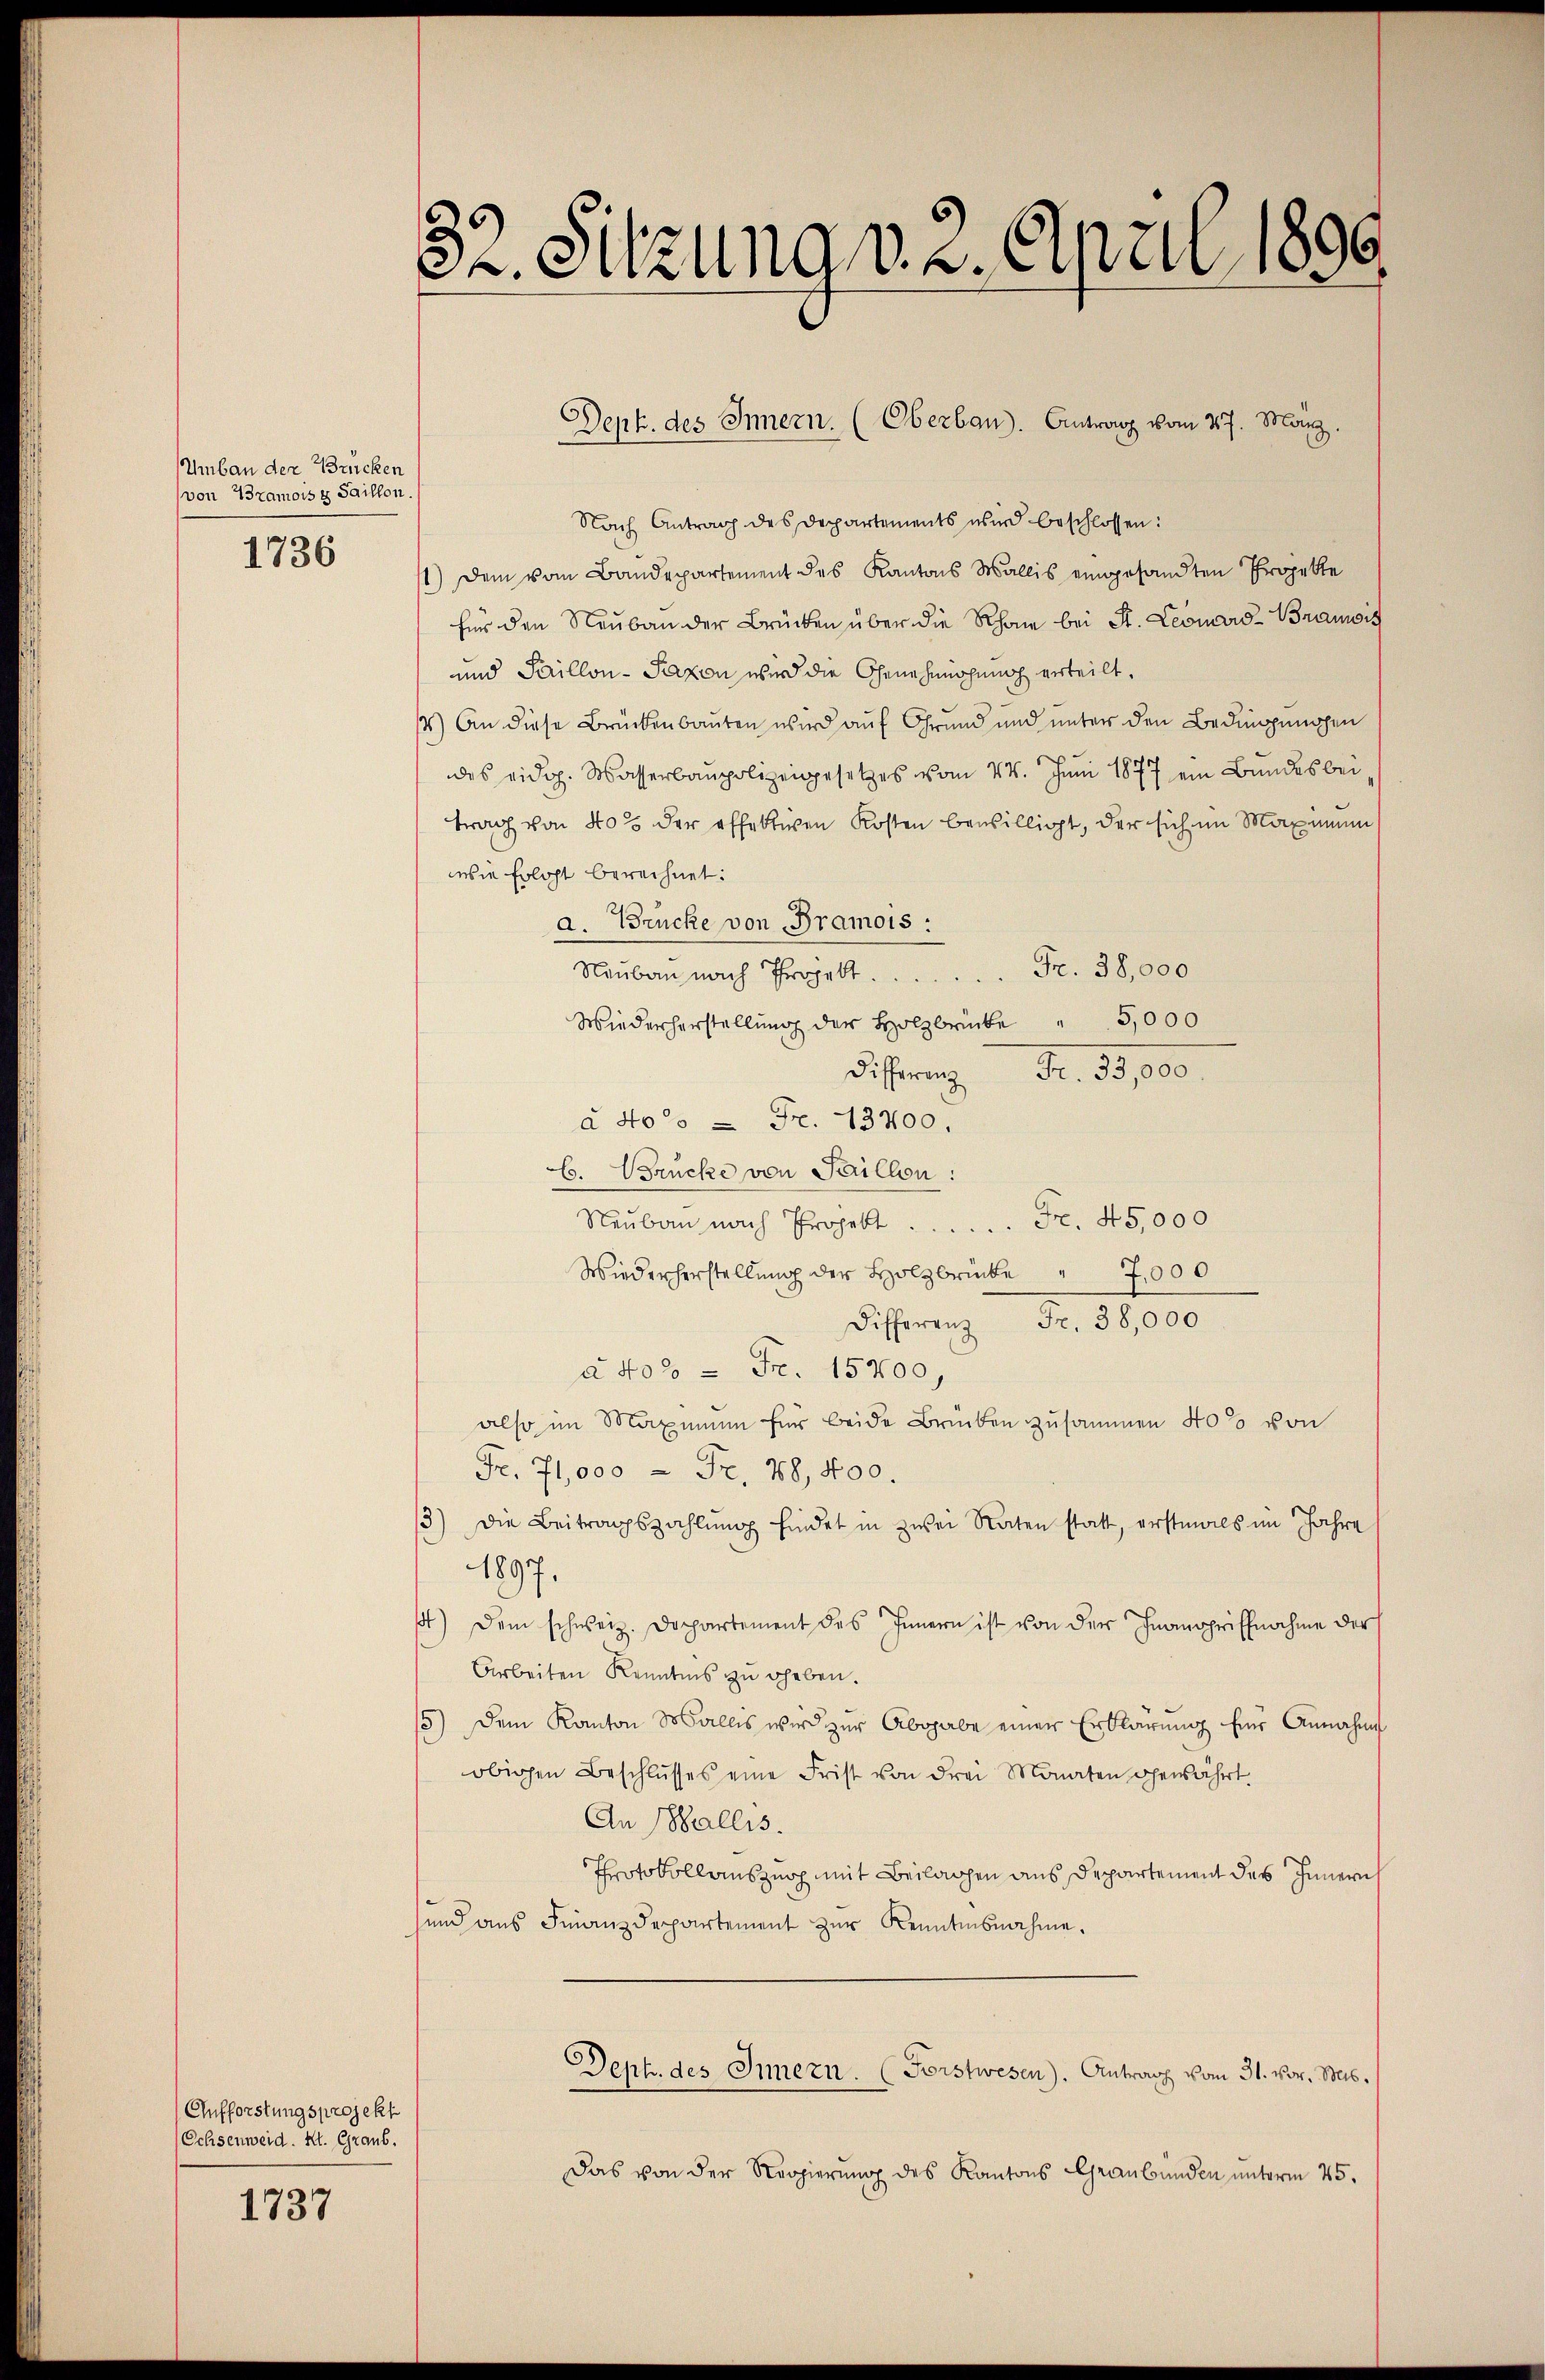
Umbau der Brücken
von Bramois & Saillon.
1736

Aufforstungsprojekt
Echsenweid. K. Graub.

1737

32. Sitzung v. 2. April 1890

Nach Antrag des Departements wird beschlossen:
1) Dem vom Bandepartement des Kantons Wallis eingesandten Projekte
für den Neubau der Brücken über die Rhone bei St. Leonard-Branit
und Saillon - Saxon wird die Genehmigung erteilt.
) An diese Brückenbauten wird auf Grund und unter den Bedingungen
des eidg. Wasserbaupolizeigesetzes vom 24. Juni 1877 ein Bundesbeitrag von 40% der effektiven Kosten bewilligt, der sich im Maximum
wie Erlöst berechnet:
a. Brücke von Bramois :
Naŭbau nach Projekt. . . . . . Fr. 38,000
Wiederherstellung der Holzrücke " 5,000
Distrat Fr. 53,000
à 4oo = Fr. 13700,
6. Brücke von Saillon:
Fr. 45,000
Neubau nach Projekt.
Wiederherstellung der Holzbrücke " 7,000
Differenz Fr. 38,000
à Nolo = Fr. 15700,
also im Maximum für beide Brücken zusammen 40% von
Fr. 71,000 - Fr. 78, 400.
3) Die Beitragszahlung findet in zwei Raten statt, erstmals im Jahre
1897.
st) dem schweiz. Dappartement des Innern ist von der Inanspriffnahme der
Arbeiten Kenntnis zu geben.
15) Dem Kanton Malles wird zŭr Abgabe einer Erklärŭng für Annahme
obigen Beschlŭsses eine Frist von drei Monaten gewährt.
An Wallis.
Protokollauszug mit Beilagen aus Departement des Innern
sund aus Finanzdepartement zur Kenntnisnahme.
Sept. des Innern. (Forstwesen). Antrag vom 31. vor. Mts.
Das von der Strogierung des Kantons Graubünden unterm 25.

Dept. des Innern. (Oberban). Antrag vom 27. März.